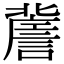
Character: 𧫯